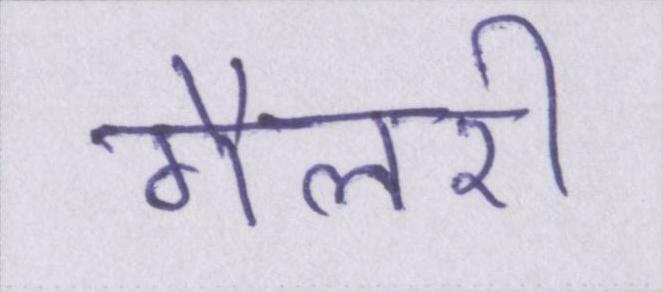
गैलरी